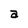
Character: a